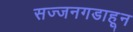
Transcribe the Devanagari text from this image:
सज्जनगडाहून